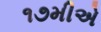
૧૭મીએ